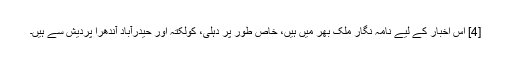
[4] اس اخبار کے لیے نامہ نگار ملک بھر میں ہیں، خاص طور پر دہلی، کولکتہ اور حیدرآباد آندھرا پردیش سے ہیں۔